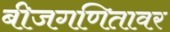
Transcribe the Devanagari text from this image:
बीजगणितावर